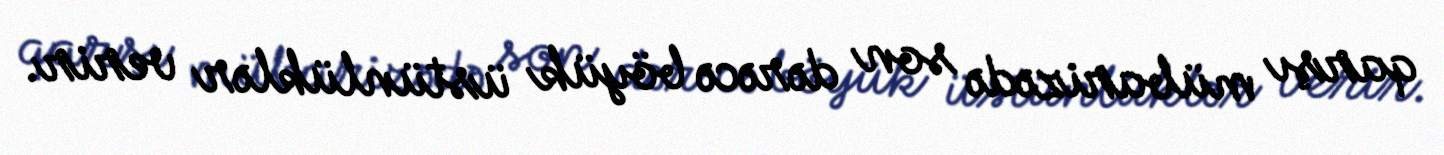
qarşı mübarizədə son dərəcə böyük üstünlüklər verir.